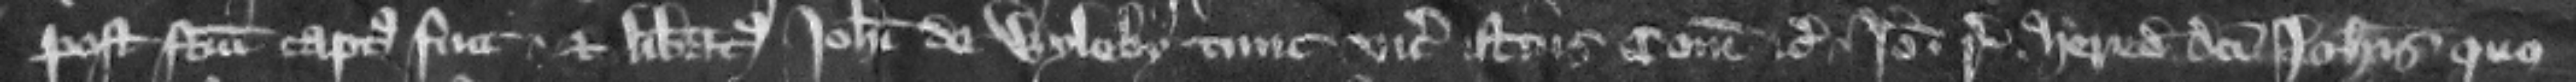
post factum captus fuit et liberatus Iohanni de Wyleby tunc vicecomiti istius comitatus etc. Ideo . respondeat heredes dicti Iohannis quo